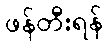
ဖန်တီးရန်